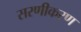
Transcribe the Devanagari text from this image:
सरणीकरण